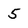
Character: 5